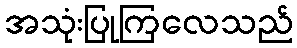
အသုံးပြုကြလေသည်